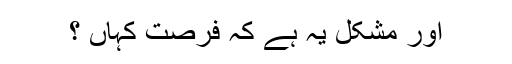
اور مشکل یہ ہے کہ فرصت کہاں ؟